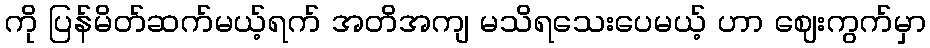
ကို ပြန်မိတ်ဆက်မယ့်ရက် အတိအကျ မသိရသေးပေမယ့် ဟာ ဈေးကွက်မှာ